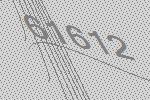
61612